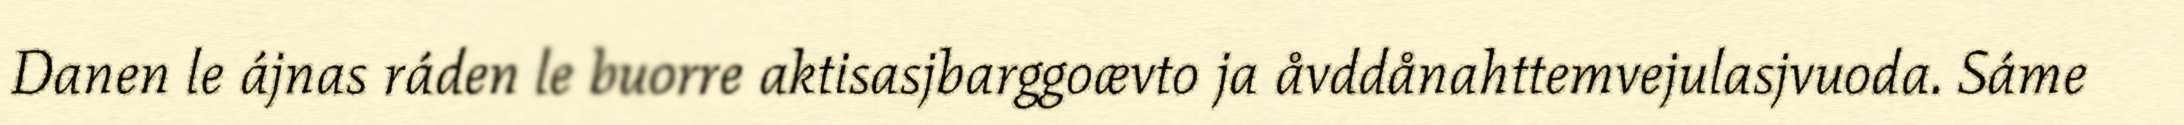
Danen le ájnas ráden le buorre aktisasjbarggoævto ja åvddånahttemvejulasjvuoda. Sáme